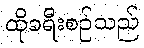
ထိုခရီးစဉ်သည်